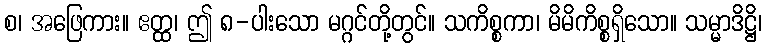
စ၊ အဖြေကား။ ဧတ္ထ၊ ဤ ၈-ပါးသော မဂ္ဂင်တို့တွင်။ သကိစ္စကာ၊ မိမိကိစ္စရှိသော။ သမ္မာဒိဋ္ဌိ၊